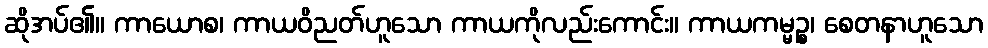
ဆိုအပ်၏။ ကာယောစ၊ ကာယဝိညတ်ဟူသော ကာယကိုလည်းကောင်း။ ကာယကမ္မဉ္စ၊ စေတနာဟူသော